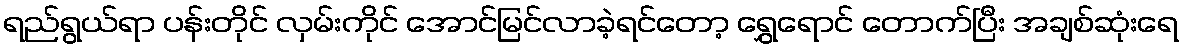
ရည်ရွယ်ရာ ပန်းတိုင် လှမ်းကိုင် အောင်မြင်လာခဲ့ရင်တော့ ရွှေရောင် တောက်ပြီး အချစ်ဆုံးရေ